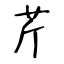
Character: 芹